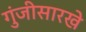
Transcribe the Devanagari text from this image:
गुंजीसारखे